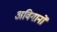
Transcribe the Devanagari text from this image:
अविगानों